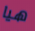
هيا